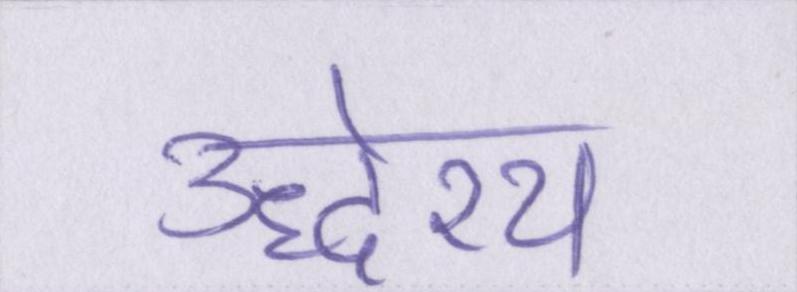
उद्धेश्य